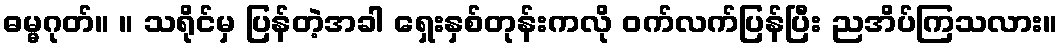
ဓမ္မဂုတ်။ ။ သရိုင်မှ ပြန်တဲ့အခါ ရှေးနှစ်တုန်းကလို ဝက်လက်ပြန်ပြီး ညအိပ်ကြသလား။